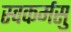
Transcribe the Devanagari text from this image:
स्वकर्मसु